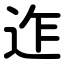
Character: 迮